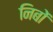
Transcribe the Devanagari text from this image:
निबों